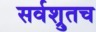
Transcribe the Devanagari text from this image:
सर्वश्रुतच